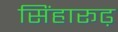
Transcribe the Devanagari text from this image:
सिंहारूढ़